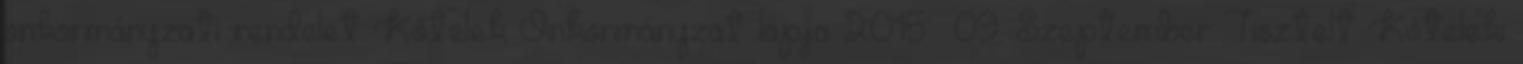
önkormányzati rendelet Kőtelek Önkormányzat lapja 2015 09. Szeptember Tisztelt Kőteleki